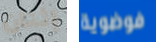
إثنان فوضوية